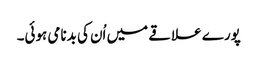
پورے علاقے میں اُن کی بدنامی ہوئی۔